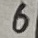
Text: 6